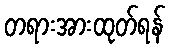
တရားအားထုတ်ရန်